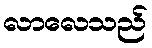
လာလေသည်